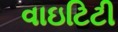
વાઇટિટી